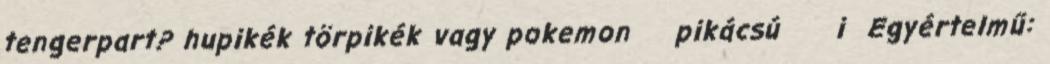
tengerpart? hupikék törpikék vagy pokemon pikácsú i Egyértelmű: